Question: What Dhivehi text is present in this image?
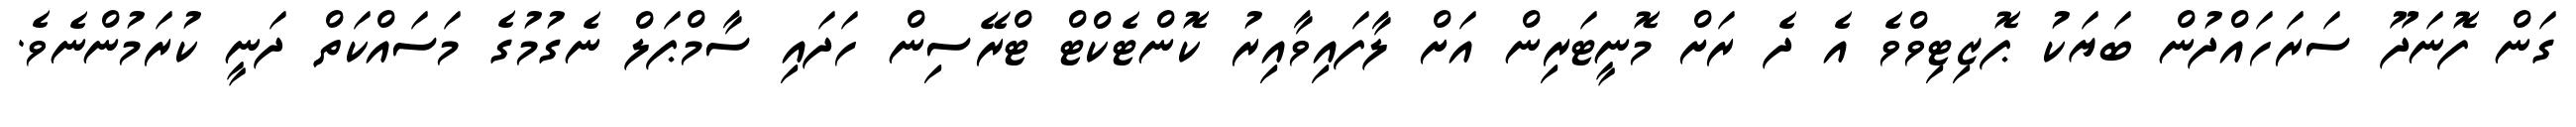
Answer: ގަން ފޮނަދޫ ސަރަހައްދުން ބަޔަކު ޕޮޒިޓިވްވެ އެ ދެ ރަށް މޮނީޓަރިން އަށް ލާފައިވާއިރު ކޮންޓެކްޓް ޓްރޭސިން ހަދައި ސާމްޕަލް ނެގުމުގެ މަސައްކަތް ދަނީ ކުރަމުންނެވެ.